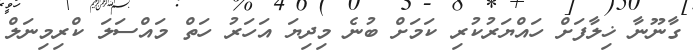
ގާނޫނާ ޚިލާފަށް ހައްޔަރުކުރި ކަމަށް ބުނެ މިދިޔަ އަހަރު ހަތް މައްސަލަ ކްރިމިނަލް